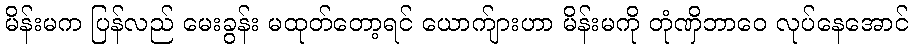
မိန်းမက ပြန်လည် မေးခွန်း မထုတ်တော့ရင် ယောက်ျားဟာ မိန်းမကို တုံဏှိဘာဝေ လုပ်နေအောင်